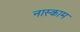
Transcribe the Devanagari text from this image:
नास्काम